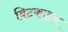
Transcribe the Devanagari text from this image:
बिटकाइन